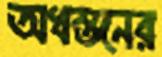
অধস্তনের